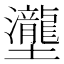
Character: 𡔆